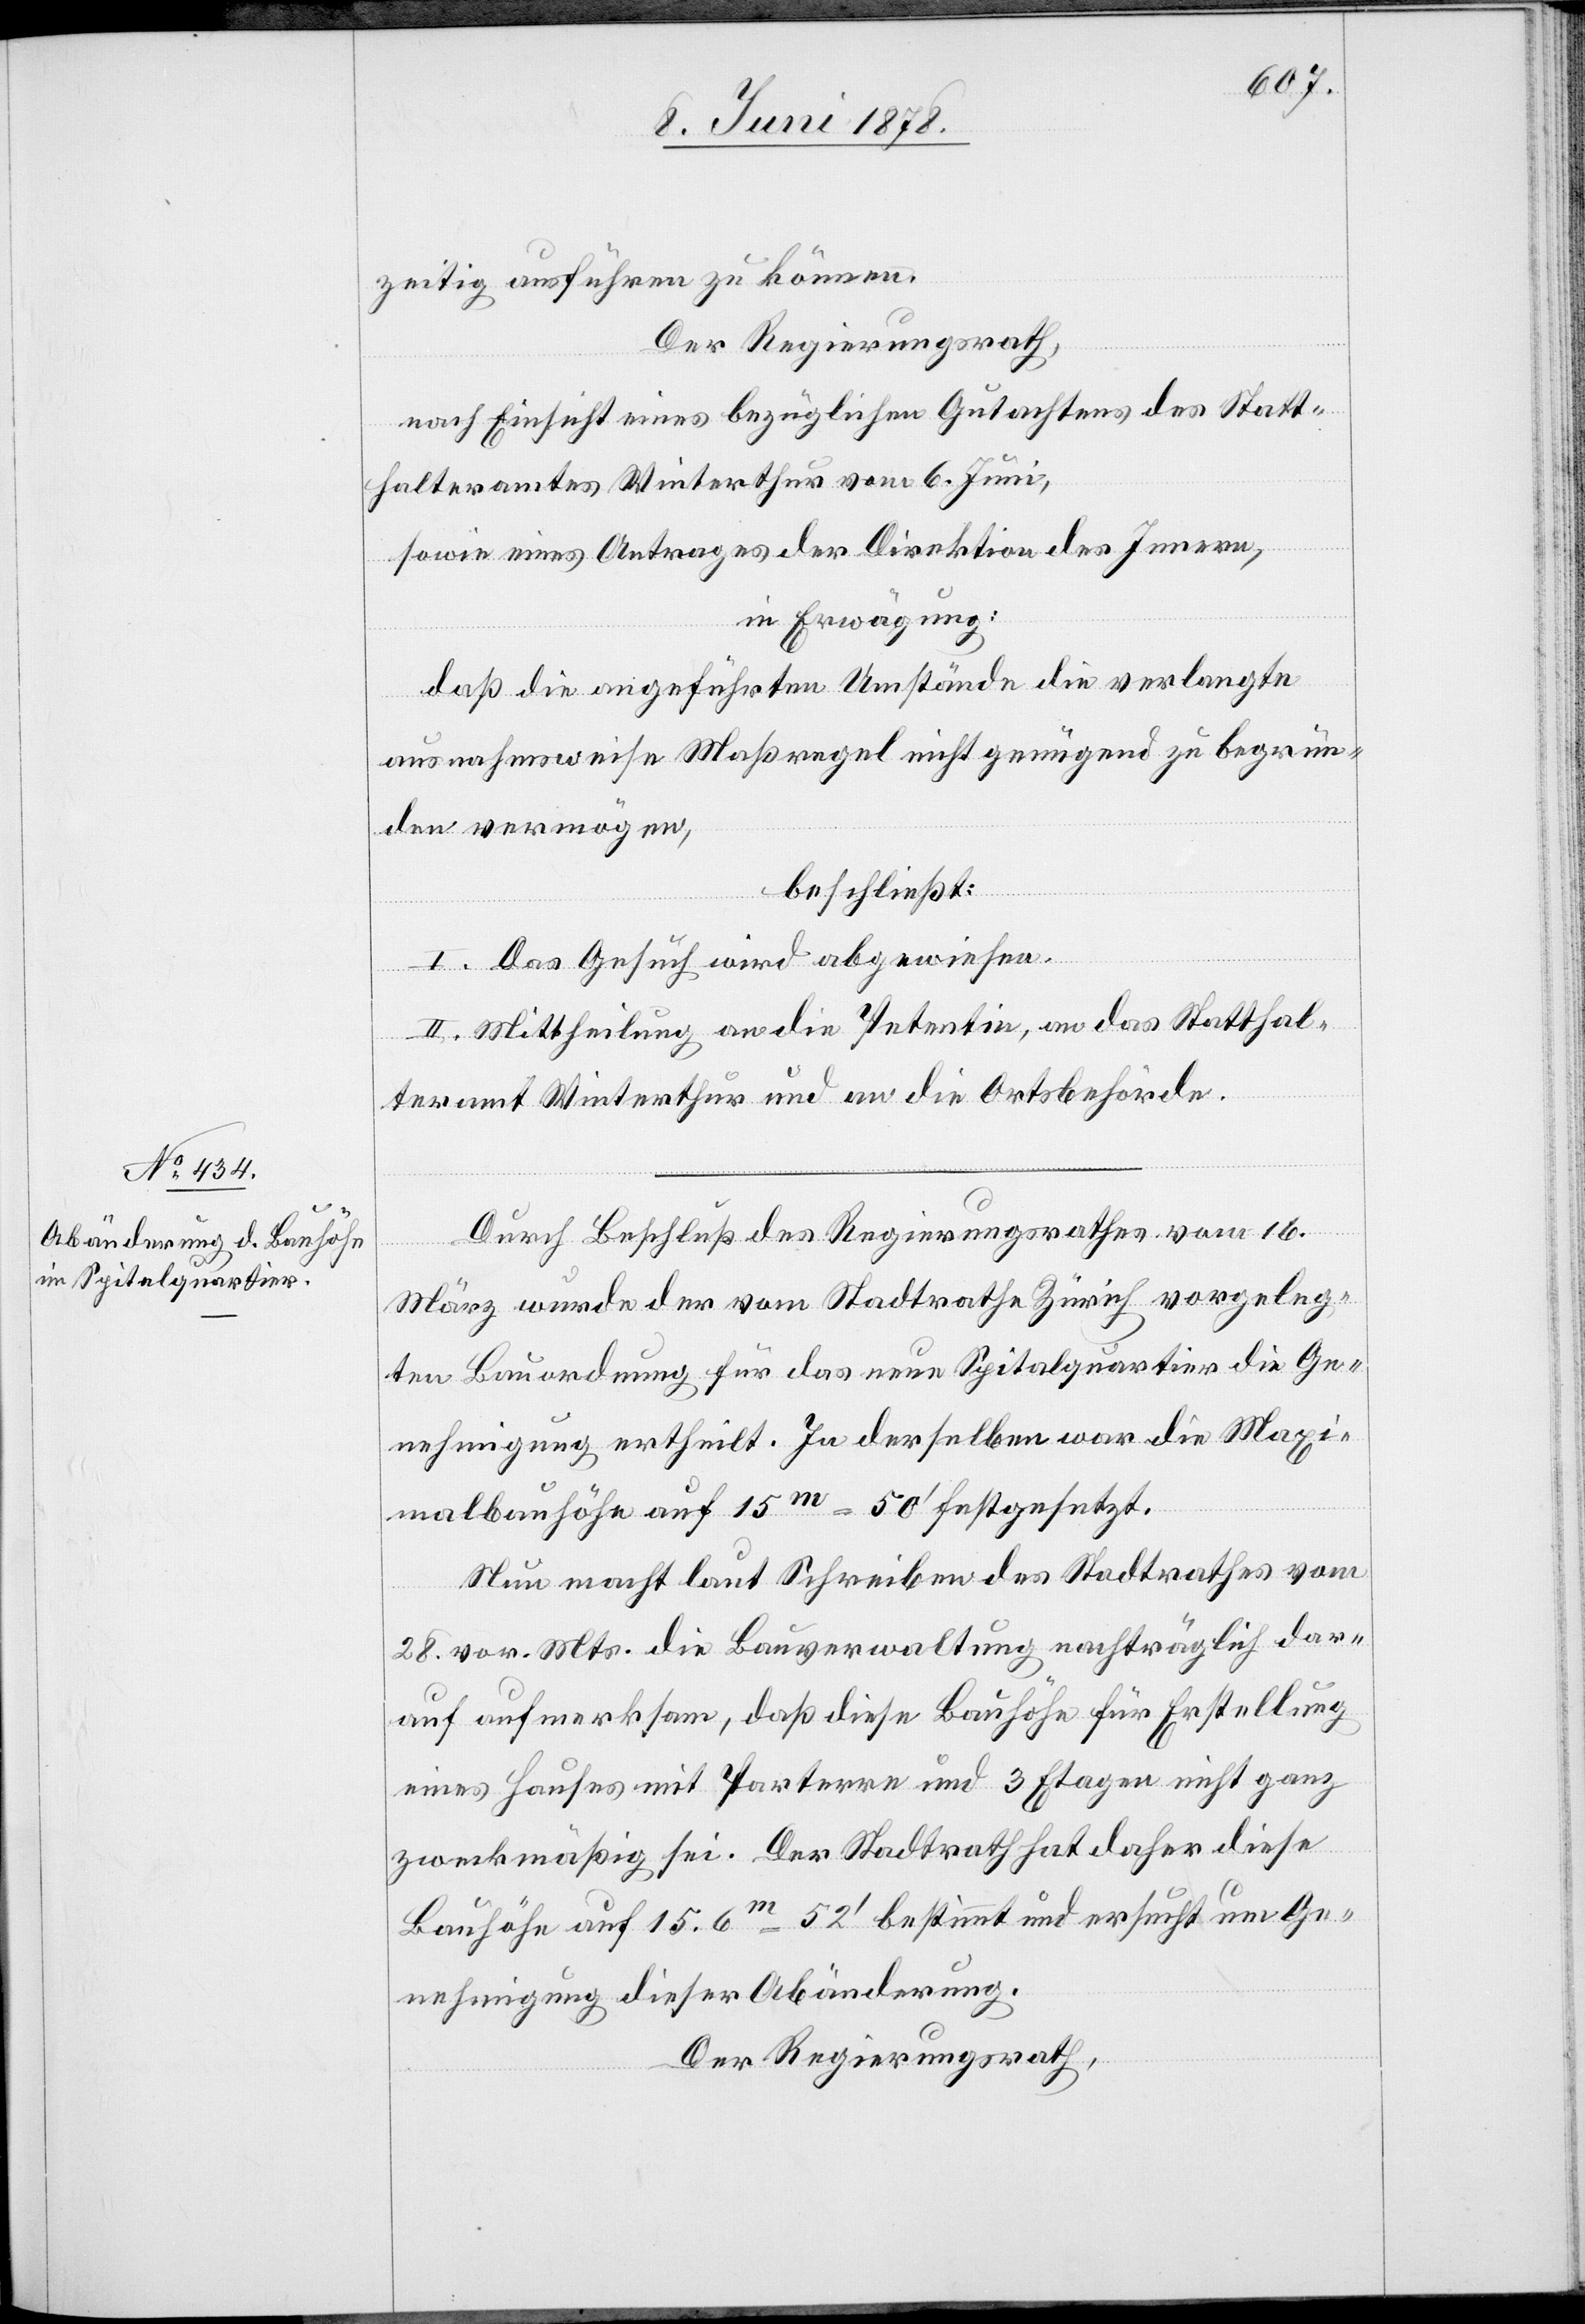
zeitig ausführen zu können.
Der Regierungsrath,
nach Einsicht eines bezüglichen Gutachtens des Statt¬
halteramtes Winterthur vom 6. Juni,
sowie eines Antrages der Direktion des Innern,
in Erwägung:
daß die angeführten Umstände die verlangte
ausnahmsweise Maßregel nicht genügend zu begrün¬
den vermögen,
beschließt:
I. Das Gesuch wird abgewiesen.
II. Mittheilung an die Petentin, an das Statthal¬
teramt Winterthur und an die Ortsbehörde.
Durch Beschluß des Regierungsrathes vom 16.
März wurde der vom Stadtrathe Zürich vorgeleg¬
ten Bauordnung für das neue Spitalquartier die Ge¬
nehmigung ertheilt. In derselben war die Maxi¬
malbauhöhe auf 15m = 50’ festgesetzt.
Nun macht laut Schreiben des Stadtrathes vom
28. vor. Mts. die Bauverwaltung nachträglich dar¬
auf aufmerksam, daß diese Bauhöhe für Erstellung
eines Hauses mit Parterre und 3 Etagen nicht ganz
zweckmäßig sei. Der Stadtrath hat daher diese
Bauhöhe auf 15.6m = 52’ bestimmt und ersucht um Ge¬
nehmigung dieser Abänderung.
Der Regierungsrath,